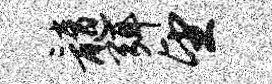
髓弭望